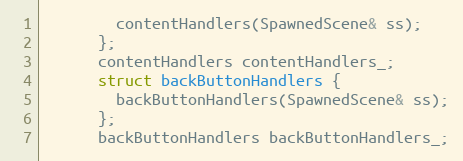
Language: C++
        contentHandlers(SpawnedScene& ss);
      };
      contentHandlers contentHandlers_;
      struct backButtonHandlers {
        backButtonHandlers(SpawnedScene& ss);
      };
      backButtonHandlers backButtonHandlers_;